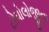
ટોપોલોજીના